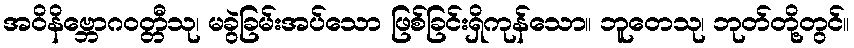
အဝိနိဗ္ဘောဂဝတ္တီသု၊ မခွဲခြမ်းအပ်သော ဖြစ်ခြင်းရှိကုန်သော။ ဘူတေသု၊ ဘုတ်တို့တွင်။